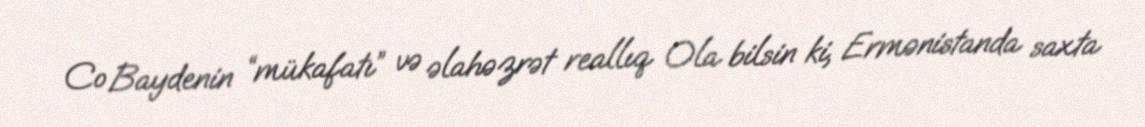
Co Baydenin “mükafatı” və əlahəzrət reallıq Ola bilsin ki, Ermənistanda saxta